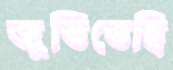
জুতিতেছি